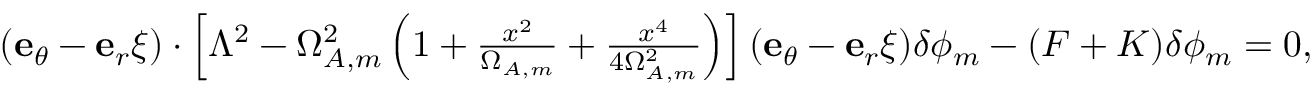
\begin{array} { r } { ( { \bf e } _ { \theta } - { \bf e } _ { r } \xi ) \cdot \left[ \Lambda ^ { 2 } - \Omega _ { A , m } ^ { 2 } \left( 1 + \frac { x ^ { 2 } } { \Omega _ { A , m } } + \frac { x ^ { 4 } } { 4 \Omega _ { A , m } ^ { 2 } } \right) \right] ( { \bf e } _ { \theta } - { \bf e } _ { r } \xi ) \delta \phi _ { m } - ( F + K ) \delta \phi _ { m } = 0 , } \end{array}